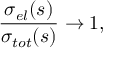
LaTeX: \frac { \sigma _ { e l } ( s ) } { \sigma _ { t o t } ( s ) } \rightarrow 1 ,